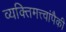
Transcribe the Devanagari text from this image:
व्यक्तिमत्त्वांपैकी